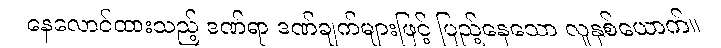
နေလောင်ထားသည့် ဒဏ်ရာ ဒဏ်ချက်များဖြင့် ပြည့်နေသော လူနှစ်ယောက်။